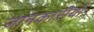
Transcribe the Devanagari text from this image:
जानकारीयाँ